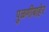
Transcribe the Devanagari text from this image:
पुळणीबाहेर